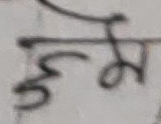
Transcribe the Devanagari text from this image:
छन